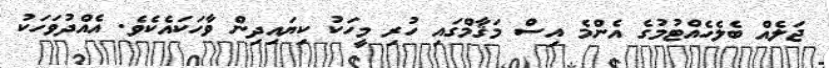
ޖަލެއް ބެލެހެއްޓުމުގެ އެންމެ އިސް މަޤާމްގައި ހުރި މީހަކު ކިޔައިދިން ވާހަކައެކެވެ. އެއްދުވަހަކު